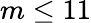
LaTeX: m\le 11